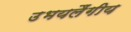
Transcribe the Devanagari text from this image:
उभयलैंगीय